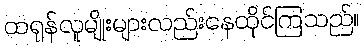
ထရုန်လူမျိုးများလည်းနေထိုင်ကြသည်။